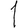
Digit: 1